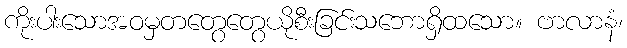
ကိုးပါးသောအဝမှတတွေတွေယိုစီးခြင်းသဘောရှိထသော။ ဗာလာနံ၊